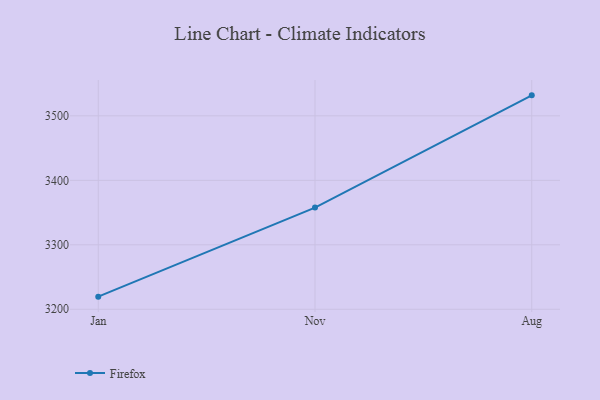
{"axis": {"x": "Month", "y": "Headcount"}, "legend": ["Firefox"], "data": [{"x": "Jan", "y": 3219.6, "type": "Firefox"}, {"x": "Nov", "y": 3357.7, "type": "Firefox"}, {"x": "Aug", "y": 3531.8, "type": "Firefox"}]}